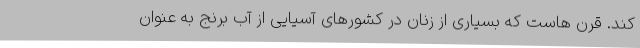
کند. قرن هاست که بسیاری از زنان در کشورهای آسیایی از آب برنج به عنوان